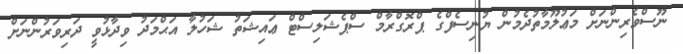
ނޫސްވެރިންނަށް މަޢުލޫމާތުދެމުން ޔުނިސެފްގެ ޕްރޮގްރާމް ސްޕެޝަލިސްޓް ޢައިޝަތު ޝަހުލާ އަޙްމަދު ވިދާޅުވީ ދަރިވަރުންނަށް